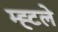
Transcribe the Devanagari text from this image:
म्ह्टले